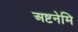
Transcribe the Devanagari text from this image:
अष्टनेमि